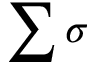
\sum \sigma